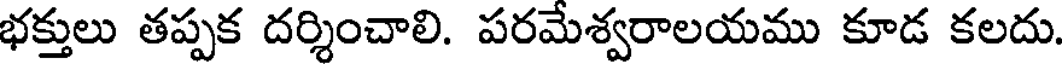
భక్తులు తప్పక దర్శించాలి. పరమేశ్వరాలయము కూడ కలదు